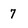
Character: 7